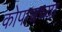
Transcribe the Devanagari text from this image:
कोपाचच्या